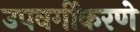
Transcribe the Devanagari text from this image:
उपवर्गीकरणे